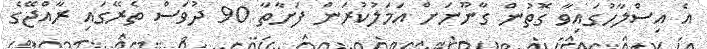
އެ އިސްލާހުގައިވާ ގޮތުން ގާނޫނަށް އަމަލުކުރަން ފަށާތާ 90 ދުވަސް ތެރޭގައި ރާއްޖޭގެ